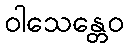
ဝါသေန္တေဝ